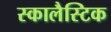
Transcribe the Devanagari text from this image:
स्कालैस्टिक